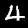
Label: 4